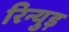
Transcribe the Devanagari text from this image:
रिन्युड़